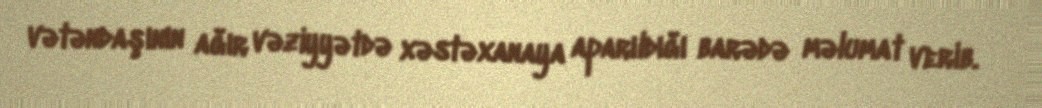
vətəndaşının ağır vəziyyətdə xəstəxanaya aparıldığı barədə məlumat verib.